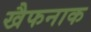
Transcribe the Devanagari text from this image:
खैफनाक